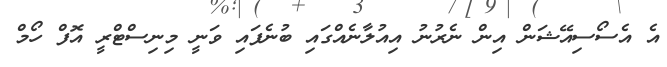
އެ އެސޯސިއޭޝަން އިން ނެރުނު އިއުލާނެއްގައި ބުނެފައި ވަނީ މިނިސްޓްރީ އޮފް ހޯމް